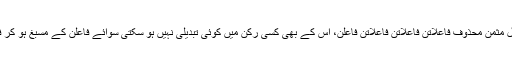
اسی طرح بحر رمل مثمن محذوف فاعلاتن فاعلاتن فاعلاتن فاعلن، اس کے بھی کسی رکن میں کوئی تبدیلی نہیں ہو سکتی سوائے فاعلن کے مسبغ ہو کر فاعلان ہو جاتا ہے۔